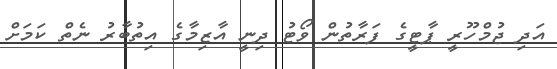
އަދި ޖުމްހޫރީ ޕާޓީގެ ފަރާތުން ވޯޓު ދިނީ އާޒިމާގެ އިތުބާރު ނެތް ކަމަށް